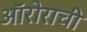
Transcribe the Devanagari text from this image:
ऑरोराची